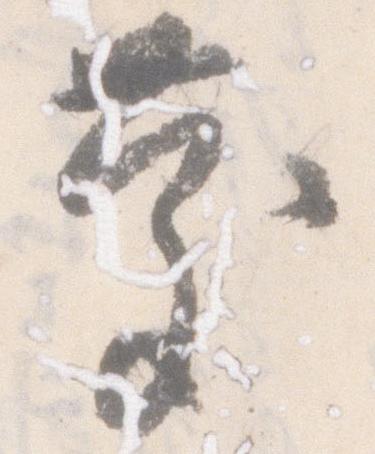
慶